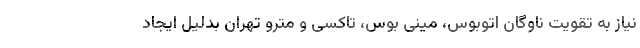
نیاز به تقویت ناوگان اتوبوس، مینی بوس، تاکسی و مترو تهران بدلیل ایجاد